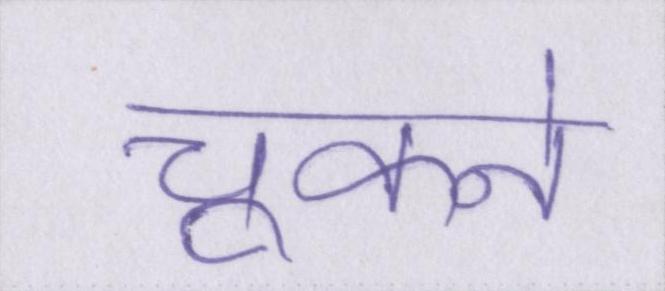
चूकने